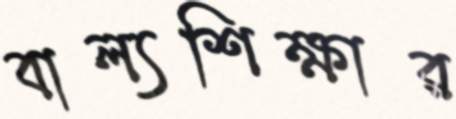
বাল্যশিক্ষার